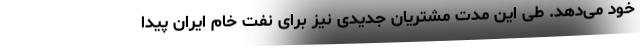
خود می‌دهد. طی این مدت مشتریان جدیدی نیز برای نفت خام ایران پیدا